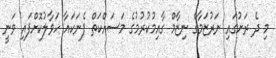
މި ދެ ރަށުގައި ނަރުޒަމާގެ ނިޒާމް ގާއިމުކުރުމުގެ މަސައްކަތް ފެނަކައާ ހަވާލުކޮށްފައި ވަނީ